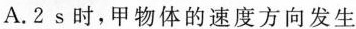
A.2s时，甲物体的速度方向发生